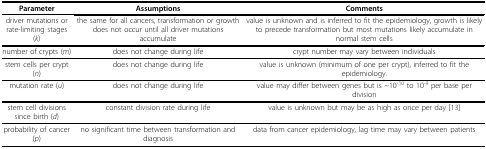
| Parameter | Assumptions | Comments |
 | --- | --- | --- |
 | driver mutations or rate-limiting stages (k) | the same for all cancers, transformation or growth does not occur until all driver mutations accumulate | value is unknown and is inferred to fit the epidemiology, growth is likely to precede transformation but most mutations likely accumulate in normal stem cells |
 | number of crypts (m) | does not change during life | crypt number may vary between individuals |
 | stem cells per crypt (n) | does not change during life | value is unknown (minimum of one per crypt), inferred to fit the epidemiology. |
 | mutation rate (u) | does not change during life | value may differ between genes but is ~10-10 to 10-9 per base per division |
 | stem cell divisions since birth (d) | constant division rate during life | value is unknown but may be as high as once per day [13] |
 | probability of cancer (p) | no significant time between transformation and diagnosis | data from cancer epidemiology, lag time may vary between patients |